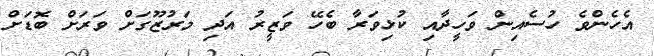
އެހެންވެ ހުސެއިން ވަހީދާއި ކުޅިވަރާ ބެހޭ ވަޒީރު އަދި މަރުޒޫގަށް ވަރަށް ބޮޑަށް